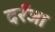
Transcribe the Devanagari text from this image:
दर्रजा